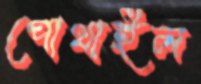
পোথাইল